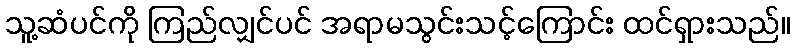
သူ့ဆံပင်ကို ကြည်လျှင်ပင် အရာမသွင်းသင့်ကြောင်း ထင်ရှားသည်။